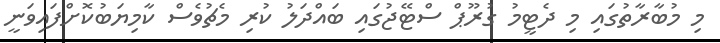
މި މުބާރާތުގައި މި ދެޓީމު ގުރޫޕް ސްޓޭޖުގައި ބައްދަލު ކުރި މެޗުވެސް ކާމިޔަބުކޮށްފައިވަނީ